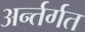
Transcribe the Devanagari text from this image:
अर्न्तर्गत